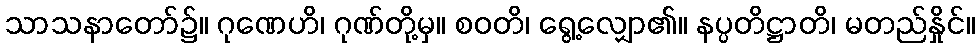
သာသနာတော်၌။ ဂုဏေဟိ၊ ဂုဏ်တို့မှ။ စဝတိ၊ ရွေ့လျှော၏။ နပ္ပတိဋ္ဌာတိ၊ မတည်နှိုင်။